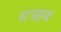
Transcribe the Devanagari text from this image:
स्टबहब